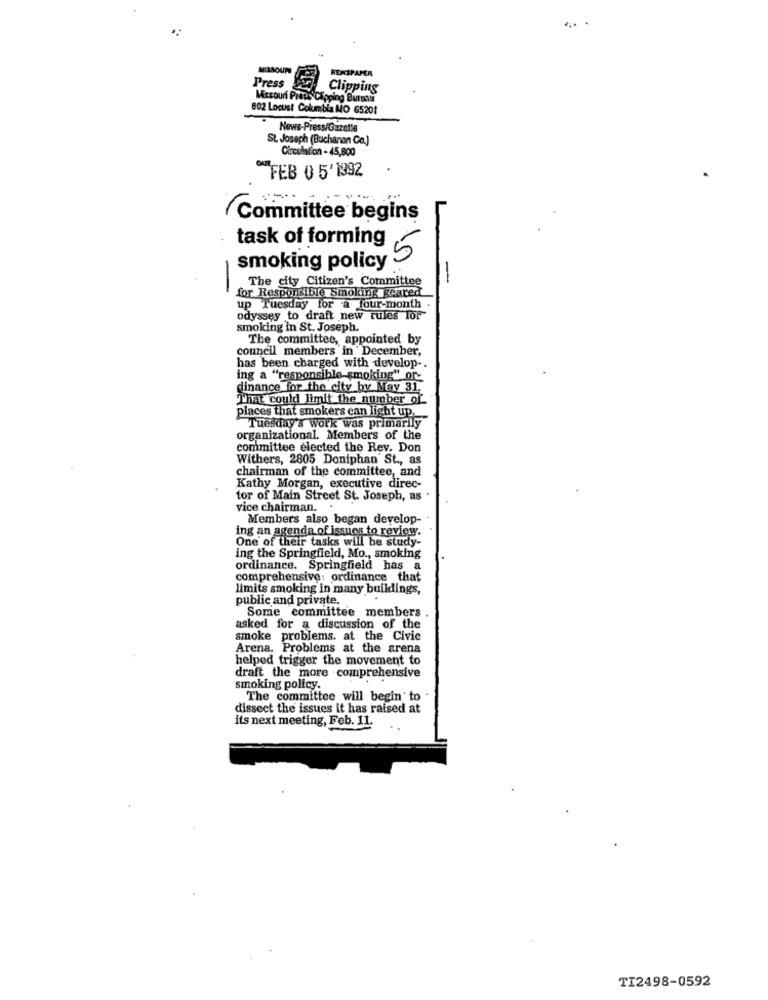
...
NEWSPAPER
Press
Clipping
Missouri Preps Chipping Buroat
802 Locust Columbia MO 65201
News-Press/Gazette
SL Joseph (Buchanan Co.)
Circulation - 45,800
FEB 0 5'1392
Committee begins
task of forming
smoking policy 5
-
for Responsible Smoking geared
The city Citizen's Committee
up Tuesday for a four-month
odyssey to draft new rules for
smoking in St. Joseph.
The committee, appointed by
council members in December,
has been charged with develop -.
ing a "responsible smoking" or_
dinance for the city by May 31.
That could limit the number of
places that smokers can light up,
Tuesday's work was primarily
organizational. Members of the
committee elected the Rev. Don
Withers, 2805 Doniphan St ., as
chairman of the committee, and
Kathy Morgan, executive direc-
tor of Main Street St. Joseph, as .
vice chairman ..
Members also began develop-
ing an agenda of issues to review.
One of their tasks will be study-
ing the Springfield, Mo ., smoking
ordinance. Springfield has a
comprehensive: ordinance that
limits smoking in many buildings,
public and private.
Some committee members
asked for a discussion of the
smoke problems. at the Civic
Arena. Problems at the arena
helped trigger the movement to
draft the more comprehensive
smoking policy.
The committee will begin' to
dissect the issues it has raised at
its next meeting, Feb. 11.
TI2498-0592